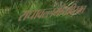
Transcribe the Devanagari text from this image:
राधावल्लभीयविरक्त